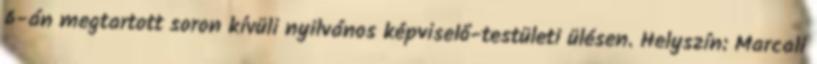
6-án megtartott soron kívüli nyilvános képviselő-testületi ülésen. Helyszín: Marcali